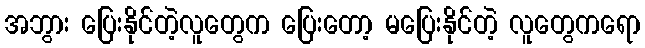
အဘွား ပြေးနိုင်တဲ့လူတွေက ပြေးတော့ မပြေးနိုင်တဲ့ လူတွေကရော